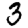
Digit: 3